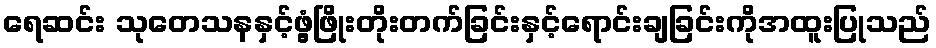
ရေဆင်း သုတေသနနှင့်ဖွံ့ဖြိုးတိုးတက်ခြင်းနှင့်ရောင်းချခြင်းကိုအထူးပြုသည်